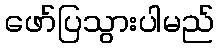
ဖော်ပြသွားပါမည်